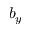
b _ { y }